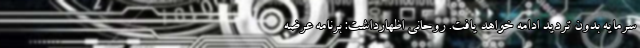
سرمایه بدون تردید ادامه خواهد یافت. روحانی اظهارداشت: برنامه عرضه